Report on lock hospitals in British Burma
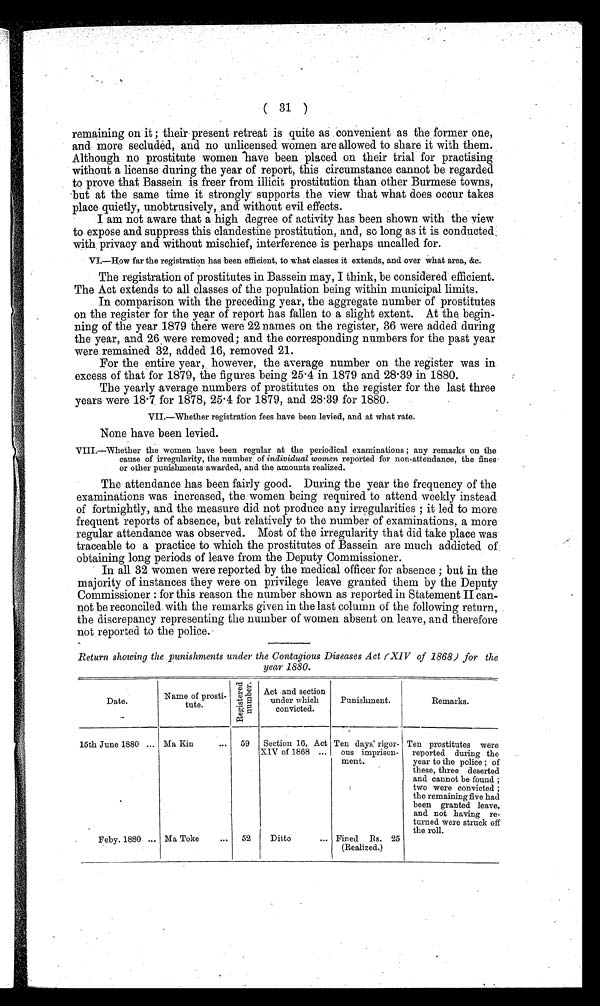
( 31 )
remaining on it ; their present retreat is quite as convenient as the former one,
and more secluded, and no unlicensed women are allowed to share it with them.
Although no prostitute women have been placed on their trial for practising
without a license during the year of report, this circumstance cannot be regarded
to prove that Bassein is freer from illicit prostitution than other Burmese towns,
but at the same time it strongly supports the view that what does occur takes
place quietly, unobtrusively, and without evil effects.
I am not aware that a high degree of activity has been shown with the view
to expose and suppress this clandestine prostitution, and, so long as it is conducted
with privacy and without mischief, interference is perhaps uncalled for.
VI.—How far the registration has been efficient, to what classes it extends, and over what area, &c.
The registration of prostitutes in Bassein may, I think, be considered efficient.
The Act extends to all classes of the population being within municipal limits.
In comparison with the preceding year, the aggregate number of prostitutes
on the register for the year of report has fallen to a slight extent. At the begin-
ning of the year 1879 there were 22 names on the register, 36 were added during
the year, and 26 were removed; and the corresponding numbers for the past year
were remained 32, added 16, removed 21.
For the entire year, however, the average number on the register was in
excess of that for 1879, the figures being 25 . 4 in 1879 and 28 . 39 in 1880.
The yearly average numbers of prostitutes on the register for the last three
years were 18. 7 for 1878, 25.4 for 1879, and 28.39 for 1880.
VII.—Whether registration fees have been levied, and at what rate.
None have been levied.
VIII.—Whether the women have been regular at the periodical examinations ; any remarks on the
cause of irregularity, the number of individual women reported for non-attendance, the fines
or other punishments awarded, and the amounts realized.
The attendance has been fairly good. During the year the frequency of the
examinations was increased, the women being required to attend weekly instead
of fortnightly, and the measure did not produce any irregularities ; it led to more
frequent reports of absence, but relatively to the number of examinations, a more
regular attendance was observed. Most of the irregularity that did take place was
traceable to a practice to which the prostitutes of Bassein are much addicted of
obtaining long periods of leave from the Deputy Commissioner.
•
In all 32 women were reported by the medical officer for absence ; but in the
majority of instances they were on privilege leave granted them by the Deputy
Commissioner : for this reason the number shown as reported in Statement II can-
not be reconciled with the remarks given in the last column of the following return,
the discrepancy representing the number of women absent on leave, and therefore
not reported to the police.
Return showing the punishments under the Contagious Diseases Act (XIV of 1868) for the
near 1880.
Date.
Name of prosti-
tute.
R e g i s t e r e d n u m b e r .
Act and
Act
section
under which
convicted.
Punishment.
Remarks.
15th June 1880 ... Ma Kin
. . . 59
Section 16, Act
XIV of 1868 ...
Ten days,' rigor-
ous imprison-
ment.
I Ten prostitutes were
reported during the
year to the police ; of
these, three deserted
and cannot be found ;
two were convicted ;
the remaining five had
been granted leave,
and not having re-
turned were struck off
the roll.
Feby. 1880 ... Ma Toke
...
52
Ditto
... Fined Rs. 25
(Realized.)